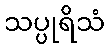
သပ္ပုရိသံ